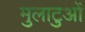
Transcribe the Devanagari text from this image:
मुलाटुओं